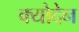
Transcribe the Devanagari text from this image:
क्योदेन